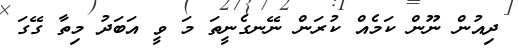
ދިއުން ނޫން ކަމެއް ކުރަން ނޭނގެނީތަ މަ ވީ އަބަދު މިތާ ގޭގަ